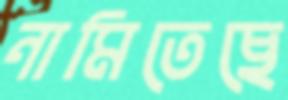
নামিতেছে